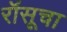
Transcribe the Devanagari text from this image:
रॉसूचा